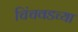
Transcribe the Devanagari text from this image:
चिंचवडच्या